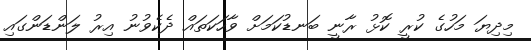
މިދިޔަ މަހުގެ ކުރީ ކޮޅު ރާނީ ބަނޑުކަމަށް ވާހަކަތައް ދެކެވުނު އިރު ލަންޑަންގައި